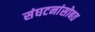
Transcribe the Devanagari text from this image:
संघटनांसोबत